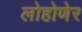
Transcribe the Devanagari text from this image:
लोहोणेर